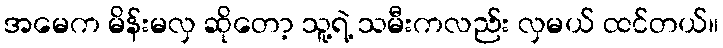
အမေက မိန်းမလှ ဆိုတော့ သူ့ရဲ့ သမီးကလည်း လှမယ် ထင်တယ်။